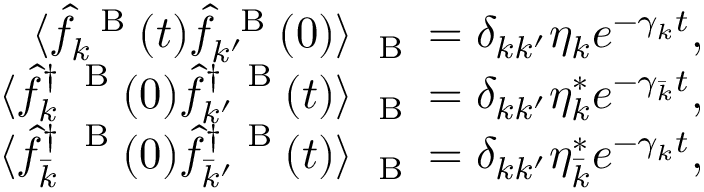
\begin{array} { r } { \langle \hat { f } _ { k } ^ { \mathrm { ~ \tiny ~ B ~ } } ( t ) \hat { f } _ { k ^ { \prime } } ^ { \mathrm { ~ \tiny ~ B ~ } } ( 0 ) \rangle _ { \mathrm { ~ \tiny ~ B ~ } } = \delta _ { k k ^ { \prime } } \eta _ { k } e ^ { - \gamma _ { k } t } , } \\ { \langle \hat { f } _ { k } ^ { \dag \mathrm { ~ \tiny ~ B ~ } } ( 0 ) \hat { f } _ { k ^ { \prime } } ^ { \dag \mathrm { ~ \tiny ~ B ~ } } ( t ) \rangle _ { \mathrm { ~ \tiny ~ B ~ } } = \delta _ { k k ^ { \prime } } \eta _ { k } ^ { * } e ^ { - \gamma _ { \bar { k } } t } , } \\ { \langle \hat { f } _ { \bar { k } } ^ { \dag \mathrm { ~ \tiny ~ B ~ } } ( 0 ) \hat { f } _ { \bar { k } ^ { \prime } } ^ { \dag \mathrm { ~ \tiny ~ B ~ } } ( t ) \rangle _ { \mathrm { ~ \tiny ~ B ~ } } = \delta _ { k k ^ { \prime } } \eta _ { \bar { k } } ^ { * } e ^ { - \gamma _ { k } t } , } \end{array}